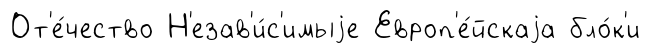
От'е́чество Н'езав'и́с'имыjе Европ'е́йскаjа бло́к'и